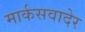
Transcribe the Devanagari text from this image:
मार्कसवादेर